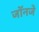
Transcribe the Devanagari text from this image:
जॉनजे